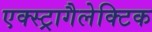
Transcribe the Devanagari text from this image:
एक्स्ट्रागैलेक्टिक